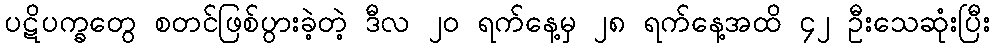
ပဋိပက္ခတွေ စတင်ဖြစ်ပွားခဲ့တဲ့ ဒီလ ၂၀ ရက်နေ့မှ ၂၈ ရက်နေ့အထိ ၄၂ ဦးသေဆုံးပြီး